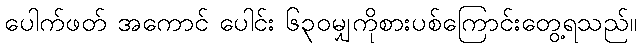
ပေါက်ဖတ် အကောင် ပေါင်း ၆၃၀မျှကိုစားပစ်ကြောင်းတွေ့ရသည်။